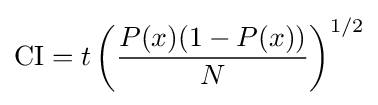
\mathrm {CI} =t\left({\frac {P(x)(1-P(x))}{N}}\right)^{1/2}